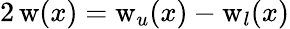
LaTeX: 2\, \mathrm{w}(x)=\mathrm{w}_{u}(x)-\mathrm{w}_{l}(x)